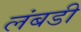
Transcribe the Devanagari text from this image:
लंबडी